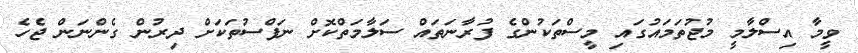
ވީމާ އިސްލާމީ މުޖުތަމައުގައި މީސްތަކުންގެ ފުރާނަތައް ސަލާމަތްކޮށް ނަފްސުތަކަށް ދިރުން ގެންނަން ޖެހެ